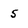
Character: 5